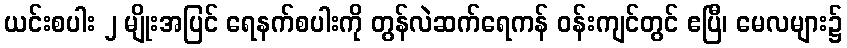
ယင်းစပါး ၂ မျိုးအပြင် ရေနက်စပါးကို တွန်လဲဆက်ရေကန် ဝန်းကျင်တွင် ဧပြီ၊ မေလများ၌